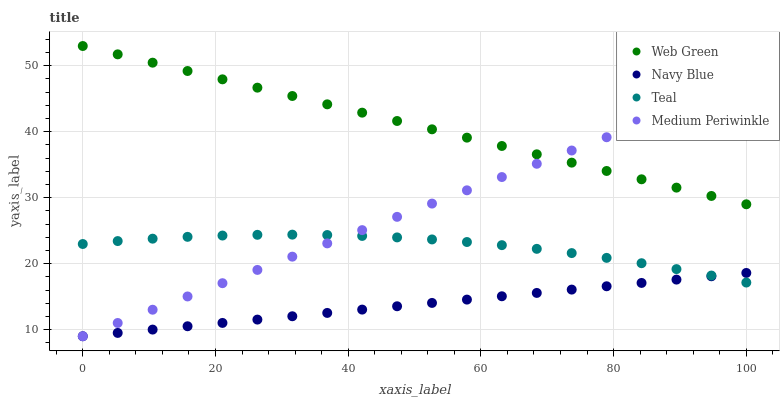
| xaxis_label | Web Green | Navy Blue | Teal | Medium Periwinkle |
 | --- | --- | --- | --- | --- |
 | 0 | 53 | 9 | 23 | 9 |
 | 5.26 | 51.7 | 9.51 | 23.4 | 11 |
 | 10.5 | 50.5 | 10 | 23.8 | 13 |
 | 15.8 | 49.2 | 10.5 | 24.1 | 15 |
 | 21.1 | 47.9 | 11 | 24.3 | 17 |
 | 26.3 | 46.7 | 11.5 | 24.4 | 19.1 |
 | 31.6 | 45.4 | 12 | 24.4 | 21.1 |
 | 36.8 | 44.2 | 12.5 | 24.3 | 23.1 |
 | 42.1 | 42.9 | 13 | 24.2 | 25.1 |
 | 47.4 | 41.6 | 13.5 | 24 | 27.1 |
 | 52.6 | 40.4 | 14.1 | 23.7 | 29.1 |
 | 57.9 | 39.1 | 14.6 | 23.3 | 31.1 |
 | 63.2 | 37.8 | 15.1 | 22.8 | 33.1 |
 | 68.4 | 36.6 | 15.6 | 22.3 | 35.1 |
 | 73.7 | 35.3 | 16.1 | 21.6 | 37.2 |
 | 78.9 | 34.1 | 16.6 | 20.9 | 39.2 |
 | 84.2 | 32.8 | 17.1 | 20.1 | 41.2 |
 | 89.5 | 31.5 | 17.6 | 19.2 | 43.2 |
 | 94.7 | 30.3 | 18.1 | 18.2 | 45.2 |
 | 100 | 29 | 18.6 | 17.1 | 47.2 |